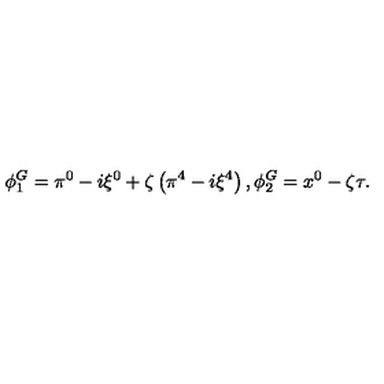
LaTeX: \phi _ { 1 } ^ { G } = \pi ^ { 0 } - i \xi ^ { 0 } + \zeta \left( \pi ^ { 4 } - i \xi ^ { 4 } \right) , \phi _ { 2 } ^ { G } = x ^ { 0 } - \zeta \tau .